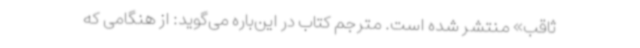
ثاقب» منتشر شده است. مترجم کتاب در این‌باره می‌گوید: از هنگامی که